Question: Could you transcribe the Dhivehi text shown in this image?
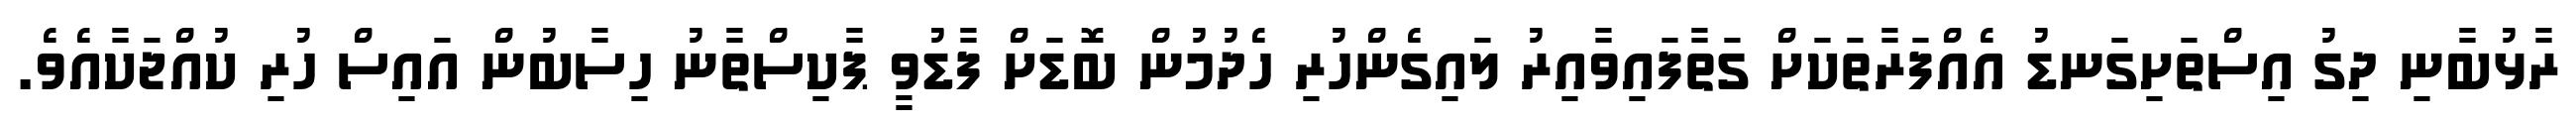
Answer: ރާޅުބާނި ދިގު އިސްތަށިގަނޑު އެއްފަރާތަކަށް ގަތާފައިވާއިރު ލައިގެންހުރި ހެދުމުން ބޮޑަށް ފާޑުވީ ޕާކިސްތާނު ހިސާބުން އައިސް ހުރި ކުއްޖަކާއެވެ.